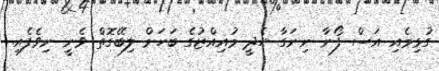
ގުޅިމެއި އަސް ފޯނާ ނިނަގާ ހެދީ މުއިއްޒުގެ ބަހަށް ލިބޭގޮތް ވެނީ ނިވެފެއި.